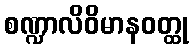
စဏ္ဍာလိဝိမာနဝတ္ထု